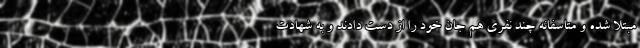
مبتلا شده و متاسفانه چند نفری هم جان خود را از دست دادند و به شهادت